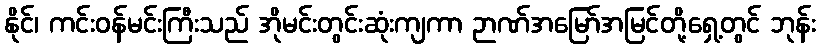
နိုင်၊ ကင်းဝန်မင်းကြီးသည် အိုမင်းတွင်းဆုံးကျကာ ဉာဏ်အမြော်အမြင်တို့ရှေ့တွင် ဘုန်း